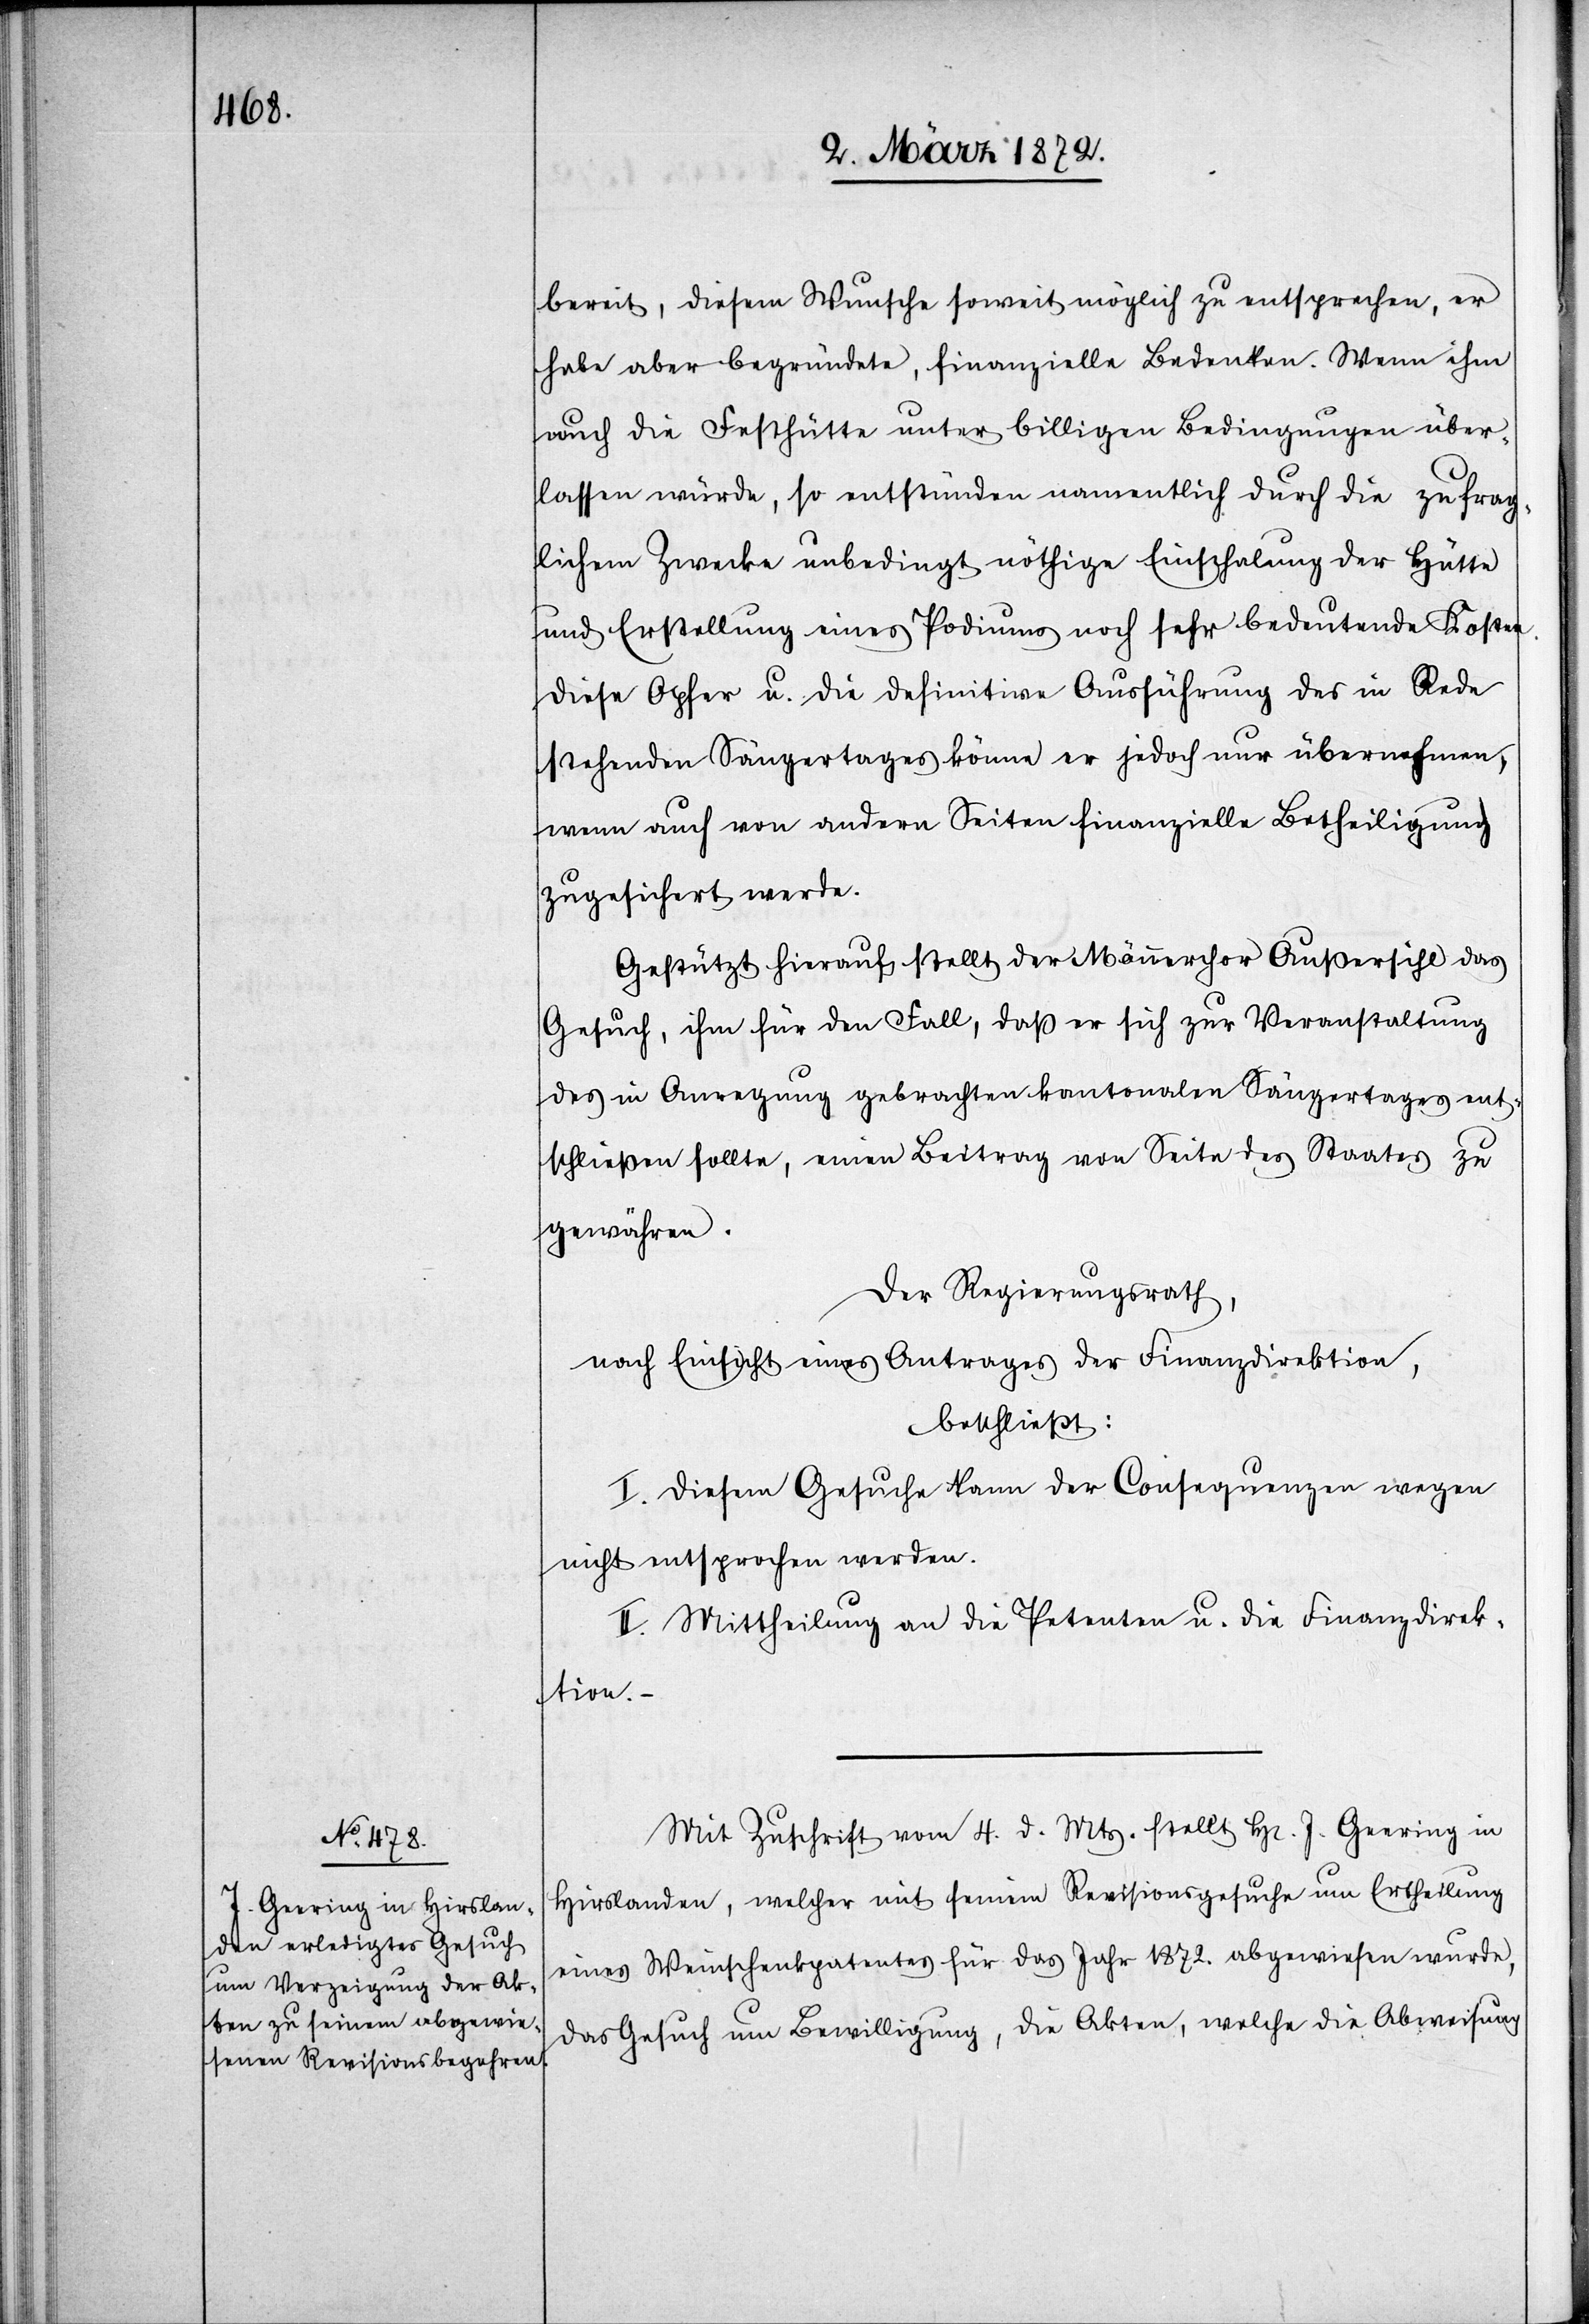
bereit, diesem Wunsche soweit möglich zu entsprechen, er
habe aber begründete, finanzielle Bedenken. Wenn ihm
auch die Festhütte unter billigen Bedingungen über¬
lassen würde, so entstünden namentlich durch die zu frag¬
lichem Zwecke unbedingt nöthige Einschalung der Hütte
und Erstellung eines Podiums noch sehr bedeutende Kosten.
Diese Opfer u. die definitive Ausführung des in Rede
stehenden Sängertages könne er jedoch nur übernehmen,
wenn auch von andern Seiten finanzielle Betheiligung
zugesichert werde.
Gestützt hierauf stellt der Männerchor Außersihl das
Gesuch, ihm für den Fall, daß er sich zur Veranstaltung
des in Anregung gebrachten kantonalen Sängertages ent¬
schließen sollte, einen Beitrag von Seite des Staates zu
gewähren.
Der Regierungsrath,
nach Einsicht eines Antrages der Finanzdirektion,
beschließt:
I. Diesem Gesuche kann der Consequenzen wegen
nicht entsprochen werden.
II. Mittheilung an die Petenten u. die Finanzdirek¬
tion.
Mit Zuschrift vom 4. d. Mts. stellt Hr. J. Geering in
Hirslanden, welcher mit seinem Revisionsgesuche um Ertheilung
eines Weinschenkpatentes für das Jahr 1872. abgewiesen wurde,
das Gesuch um Bewilligung, die Akten, welche die Abweisung